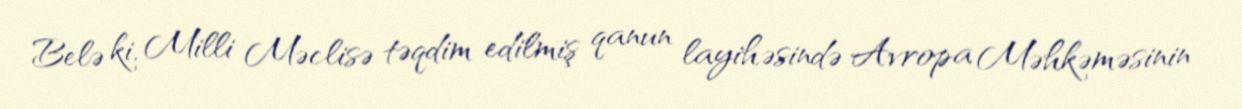
Belə ki, Milli Məclisə təqdim edilmiş qanun layihəsində Avropa Məhkəməsinin